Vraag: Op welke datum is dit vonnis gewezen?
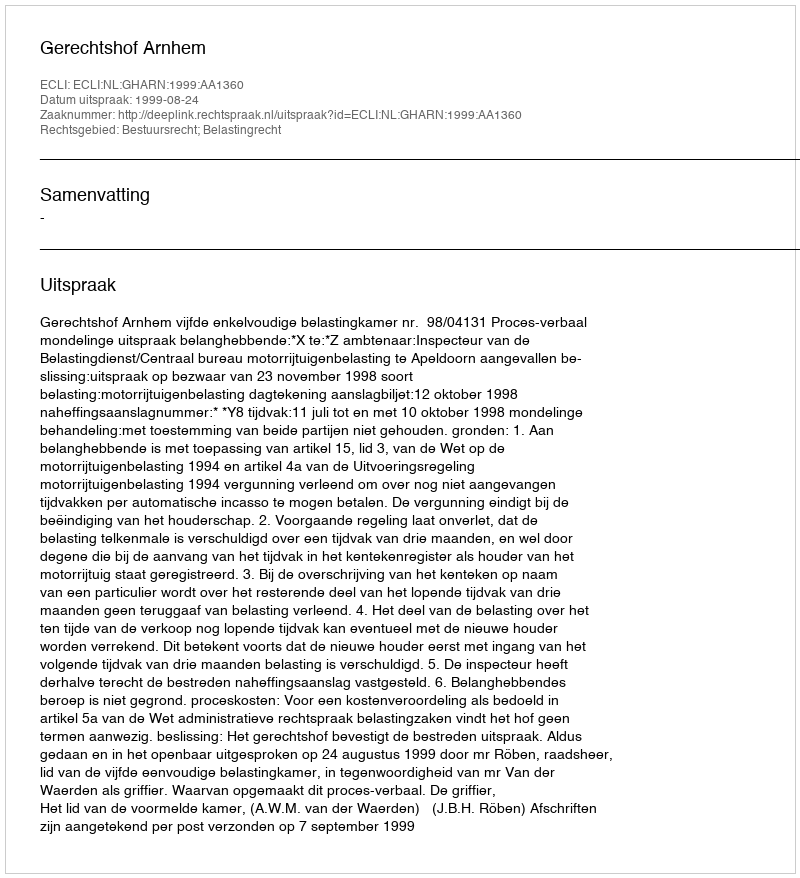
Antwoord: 1999-08-24